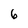
Character: 6